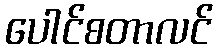
ပေါင်စတာလင်